Report on the Civil Veterinary Department, Eastern Bengal and Assam - 1907-1911
Year: 1907
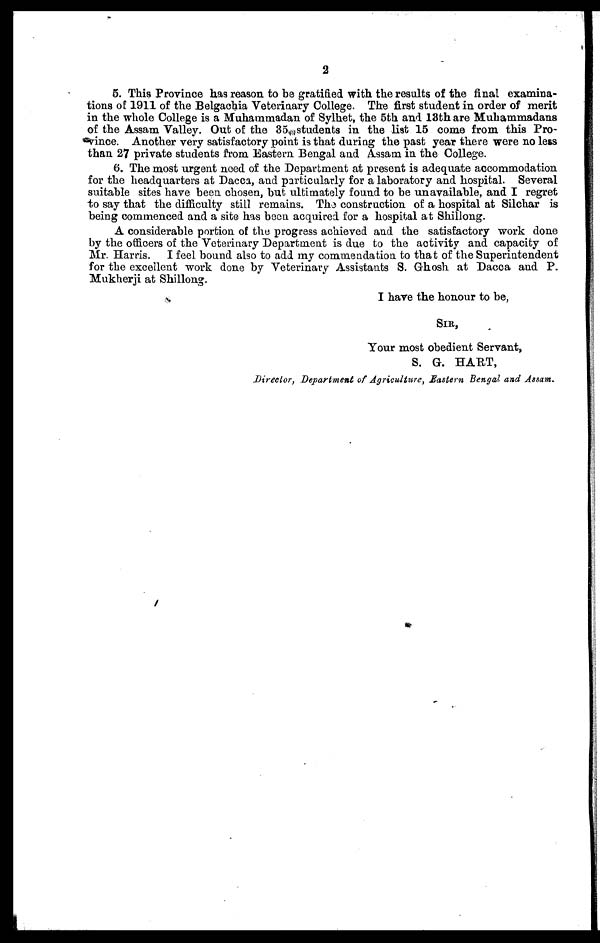
2
5. This Province has reason to be gratified with the results of the final examina-
tions of 1911 of the Belgachia Veterinary College. The first student in order of merit
in the whole College is a Muhammadan of Sylhet, the 5th and 13th are Muhammadans
of the Assam Valley. Out of the 35 students in the list 15 come from this Pro-
vince. Another very satisfactory point is that during the past year there were no less
than 27 private students from Eastern Bengal and Assam in the College.
6. The most urgent need of the Department at present is adequate accommodation
for the headquarters at Dacca, and particularly for a laboratory and hospital. Several
suitable sites have been chosen, but ultimately found to be unavailable, and I regret
to say that the difficulty still remains. The construction of a hospital at Silchar is
being commenced and a site has been acquired for a hospital at Shillong.
A considerable portion of the progress achieved and the satisfactory work done
by the officers of the Veterinary Department is due to the activity and capacity of
Mr. Harris. I feel bound also to add my commendation to that of the Superintendent
for the excellent work done by Veterinary Assistants S. Ghosh at Dacca and P.
Mukherji at Shillong.
I have the honour to be,
SIR,
Your most obedient Servant,
S. G. HART,
Director, Department of Agriculture, Eastern Bengal and Assam.